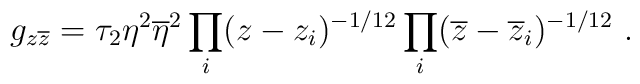
g_{z\overline{z}} = \tau_2 \eta^2 \overline{\eta}^2 \prod_{i} (z-z_i)^{-1/12}\prod_{i} (\overline{z}-\overline{z}_i)^{-1/12} ~.